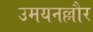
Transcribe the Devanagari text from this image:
उमयनल्लौर